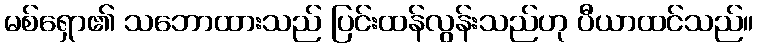
မစ်ရှော၏ သဘောထားသည် ပြင်းထန်လွန်းသည်ဟု ပီယာထင်သည်။